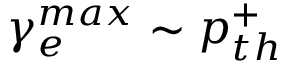
\gamma _ { e } ^ { m a x } \sim p _ { t h } ^ { + }